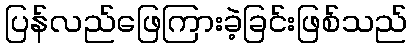
ပြန်လည်ဖြေကြားခဲ့ခြင်းဖြစ်သည်